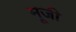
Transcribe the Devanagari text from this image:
मूजी